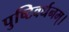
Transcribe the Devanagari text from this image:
पुष्टिवर्धनम्।